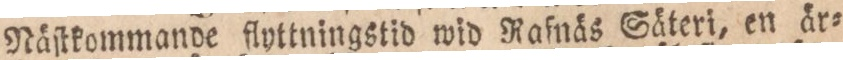
Näſtkommande flyttningstid wid Rafnäs Säteri, en är=